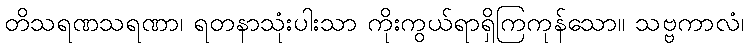
တိသရဏသရဏာ၊ ရတနာသုံးပါးသာ ကိုးကွယ်ရာရှိကြကုန်သော။ သဗ္ဗကာလံ၊